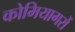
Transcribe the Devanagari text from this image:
कोमियागरों